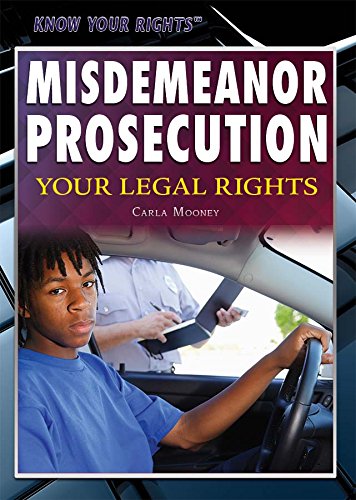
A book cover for Misdemeanor Prosecution: Your Legal Rights (Know Your Rights); Carla Mooney; Teen & Young Adult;